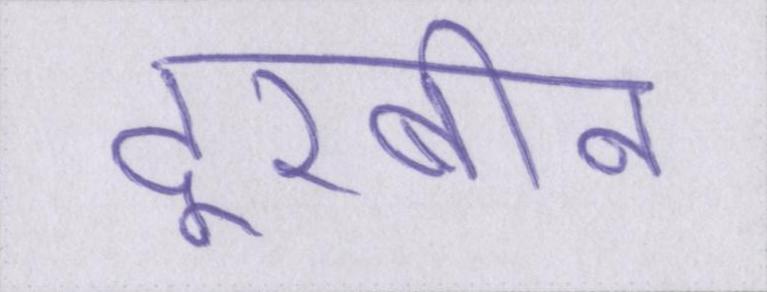
दूरबीन